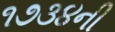
૧૭૩૪ની